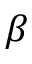
\beta